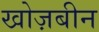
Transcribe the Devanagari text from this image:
खोज़बीन